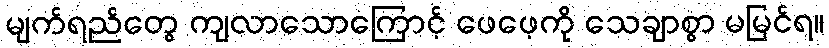
မျက်ရည်တွေ ကျလာသောကြောင့် ဖေဖေ့ကို သေချာစွာ မမြင်ရ။